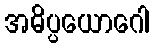
အဓိပ္ပယောဂေါ